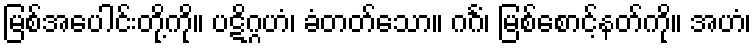
မြစ်အပေါင်းတို့ကို။ ပဋိဂ္ဂဟံ၊ ခံတတ်သော။ ဂင်္ဂံ၊ မြစ်စောင့်နတ်ကို။ အဟံ၊